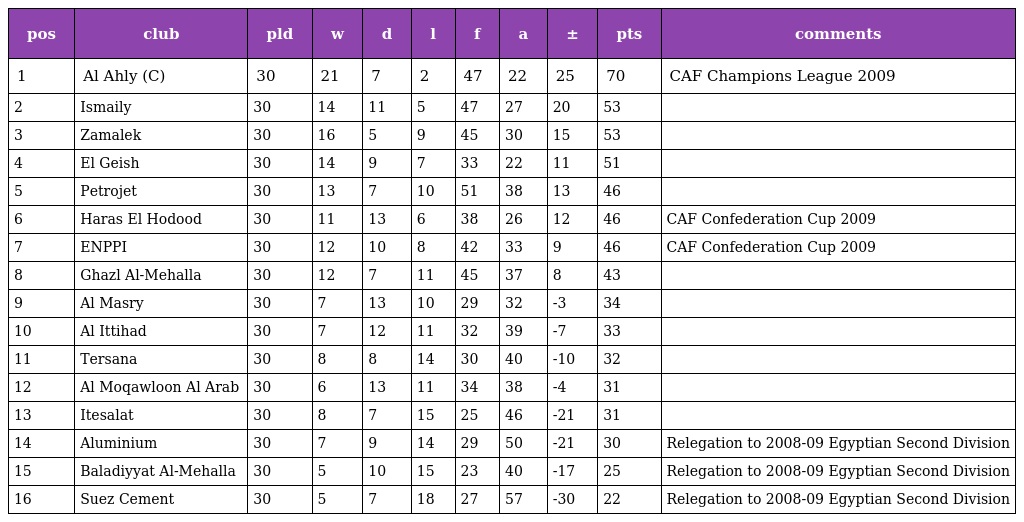
| pos | club | pld | w | d | l | f | a | ± | pts | comments |
 | --- | --- | --- | --- | --- | --- | --- | --- | --- | --- | --- |
 | 1 | Al Ahly (C) | 30 | 21 | 7 | 2 | 47 | 22 | 25 | 70 | CAF Champions League 2009 |
 | 2 | Ismaily | 30 | 14 | 11 | 5 | 47 | 27 | 20 | 53 |  |
 | 3 | Zamalek | 30 | 16 | 5 | 9 | 45 | 30 | 15 | 53 |  |
 | 4 | El Geish | 30 | 14 | 9 | 7 | 33 | 22 | 11 | 51 |  |
 | 5 | Petrojet | 30 | 13 | 7 | 10 | 51 | 38 | 13 | 46 |  |
 | 6 | Haras El Hodood | 30 | 11 | 13 | 6 | 38 | 26 | 12 | 46 | CAF Confederation Cup 2009 |
 | 7 | ENPPI | 30 | 12 | 10 | 8 | 42 | 33 | 9 | 46 | CAF Confederation Cup 2009 |
 | 8 | Ghazl Al-Mehalla | 30 | 12 | 7 | 11 | 45 | 37 | 8 | 43 |  |
 | 9 | Al Masry | 30 | 7 | 13 | 10 | 29 | 32 | -3 | 34 |  |
 | 10 | Al Ittihad | 30 | 7 | 12 | 11 | 32 | 39 | -7 | 33 |  |
 | 11 | Tersana | 30 | 8 | 8 | 14 | 30 | 40 | -10 | 32 |  |
 | 12 | Al Moqawloon Al Arab | 30 | 6 | 13 | 11 | 34 | 38 | -4 | 31 |  |
 | 13 | Itesalat | 30 | 8 | 7 | 15 | 25 | 46 | -21 | 31 |  |
 | 14 | Aluminium | 30 | 7 | 9 | 14 | 29 | 50 | -21 | 30 | Relegation to 2008-09 Egyptian Second Division |
 | 15 | Baladiyyat Al-Mehalla | 30 | 5 | 10 | 15 | 23 | 40 | -17 | 25 | Relegation to 2008-09 Egyptian Second Division |
 | 16 | Suez Cement | 30 | 5 | 7 | 18 | 27 | 57 | -30 | 22 | Relegation to 2008-09 Egyptian Second Division |